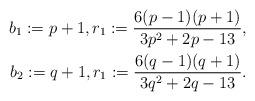
LaTeX: \begin{align*}b_1:=p+1, r_1:=\frac{6(p-1)(p+1)}{3p^2+2p-13}, \\b_2:=q+1, r_1:=\frac{6(q-1)(q+1)}{3q^2+2q-13}.\end{align*}